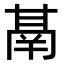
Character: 𮫙